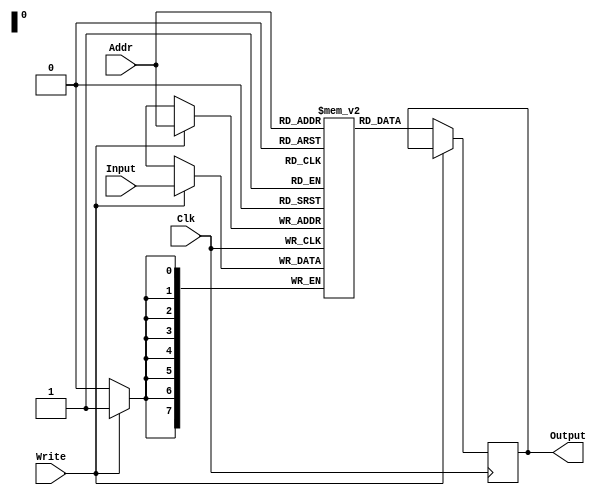
`timescale 1ns / 1ps
`ifndef LIB_STYCZYNSKI_RAM_V
`define LIB_STYCZYNSKI_RAM_V

/*
 * Piotr Styczyski @styczynski
 * Verilog Components Library
 *
 * Synchronious single-port RAM
 * 
 *
 * MIT License
 */
module RAM #(
    parameter DATA_WIDTH = 8,
    parameter ADDR_WIDTH = 8
) (
    input wire Clk,
    input wire [ADDR_WIDTH-1:0] Addr,
    input wire Write,
    input wire [DATA_WIDTH-1:0] Input,
    output reg [DATA_WIDTH-1:0] Output
);

    reg [DATA_WIDTH-1:0] Memory [0:(1<<ADDR_WIDTH)-1]; 
    
    always @(posedge Clk)
    begin
        if(Write)
            begin
                Memory[Addr] <= Input;
            end
        else
            begin
                Output <= Memory[Addr];
            end     
    end
endmodule

`endif